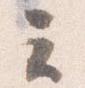
云